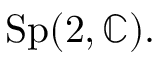
\mathrm { S p } ( 2 , \mathbb { C } ) .